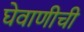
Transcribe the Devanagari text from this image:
घेवाणीची